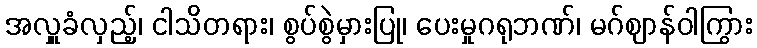
အလှူခံလှည့်၊ ငါသိတရား၊ စွပ်စွဲမှားပြု၊ ပေးမှုဂရုဘဏ်၊ မဂ်ဈာန်ဝါကြွား